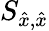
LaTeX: S_{\hat{x},\hat{x}}